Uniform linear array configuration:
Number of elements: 12
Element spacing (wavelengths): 1
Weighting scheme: cosine
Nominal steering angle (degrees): -45
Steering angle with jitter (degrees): -45.863
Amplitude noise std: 0.05
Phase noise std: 0.05

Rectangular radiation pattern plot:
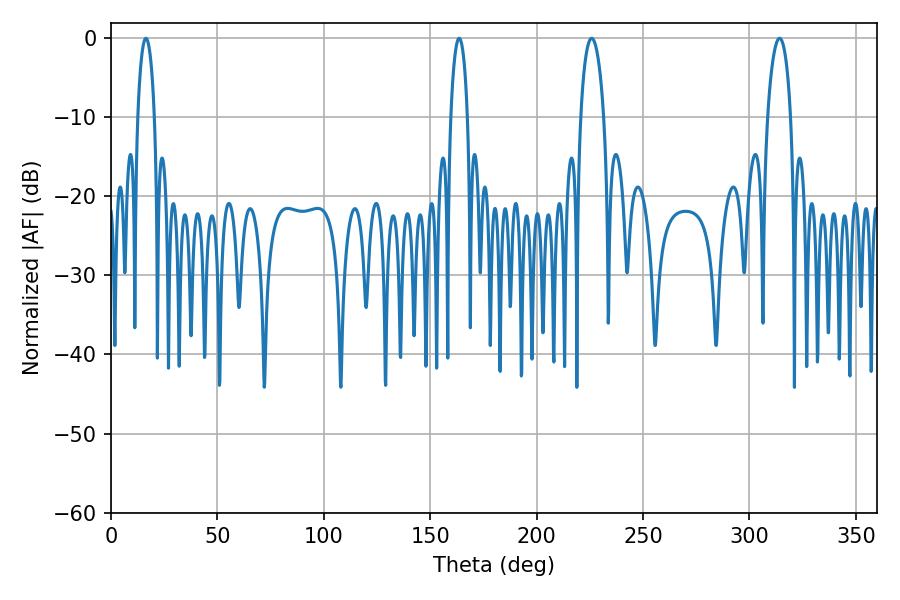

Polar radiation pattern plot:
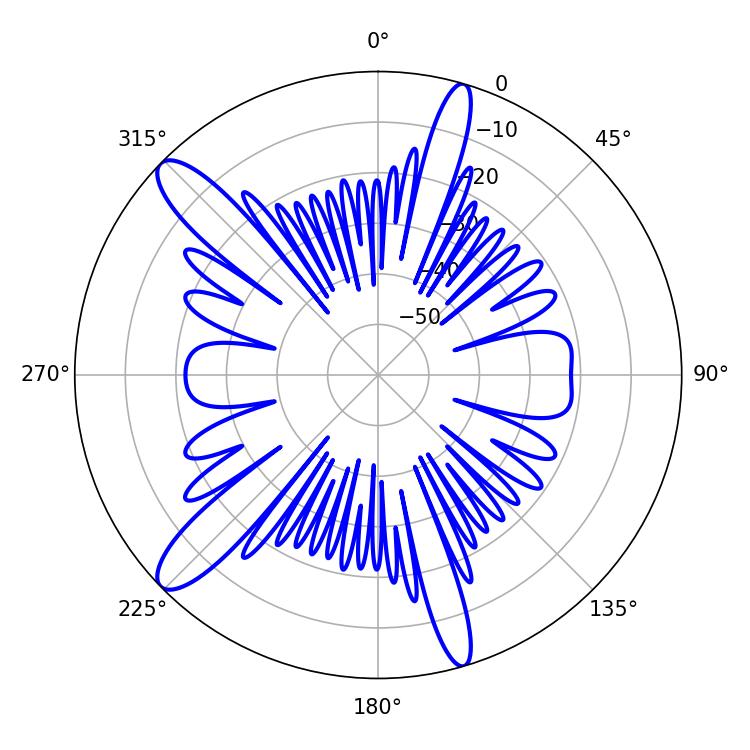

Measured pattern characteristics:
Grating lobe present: TRUE
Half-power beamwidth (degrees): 4.5
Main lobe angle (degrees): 163.62